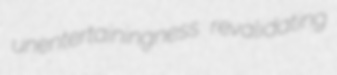
unentertainingness revalidating